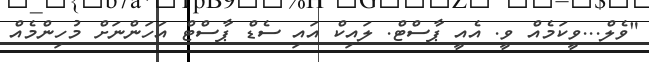
"ވެލް...ވީކަމެއް ވީ. އެއީ ޕާސްޓް. ލައިކް އައި ސެޑް ޕާސްޓް އަހަންނަށް މުހިންމެއް